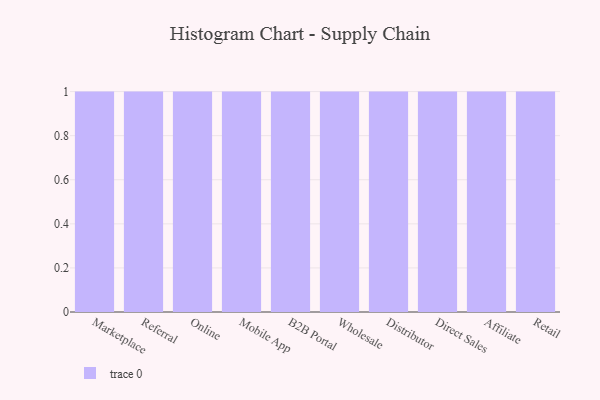
{"axis": {"x": "Channel", "y": "Website Visitors"}, "legend": [""], "data": [{"x": "Marketplace", "y": 78, "type": ""}, {"x": "Referral", "y": 45, "type": ""}, {"x": "Online", "y": 16, "type": ""}, {"x": "Mobile App", "y": 23, "type": ""}, {"x": "B2B Portal", "y": 74, "type": ""}, {"x": "Wholesale", "y": 44, "type": ""}, {"x": "Distributor", "y": 80, "type": ""}, {"x": "Direct Sales", "y": 5, "type": ""}, {"x": "Affiliate", "y": 54, "type": ""}, {"x": "Retail", "y": 22, "type": ""}]}